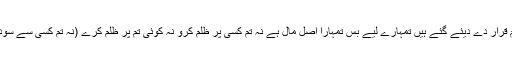
زمانہ جاہلیت کے سارے سود کالعدم قرار دے دیئے گئے ہیں تمہارے لیے بس تمہارا اصل مال ہے نہ تم کسی پر ظلم کرو نہ کوئی تم پر ظلم کرے (نہ تم کسی سے سود لو نہ تم سے کوئی سود لے) سن لو!